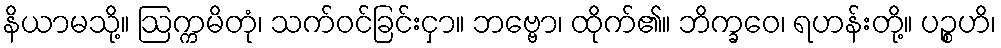
နိယာမသို့။ ဩက္ကမိတုံ၊ သက်ဝင်ခြင်းငှာ။ ဘဗ္ဗော၊ ထိုက်၏။ ဘိက္ခဝေ၊ ရဟန်းတို့။ ပဉ္စဟိ၊